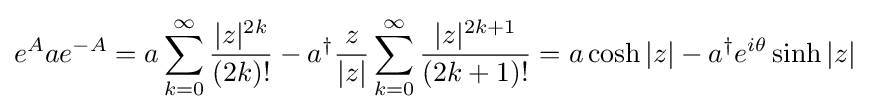
e^{A}ae^{-A}=a\sum _{k=0}^{\infty }{\frac {|z|^{2k}}{(2k)!}}-a^{\dagger }{\frac {z}{|z|}}\sum _{k=0}^{\infty }{\frac {|z|^{2k+1}}{(2k+1)!}}=a\cosh |z|-a^{\dagger }e^{i\theta }\sinh |z|